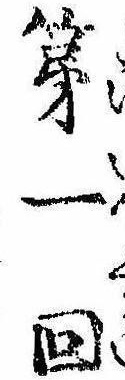
第一回